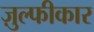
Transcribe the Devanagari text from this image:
ज़ुल्फीकार